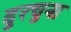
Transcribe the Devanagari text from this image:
दुरचुना